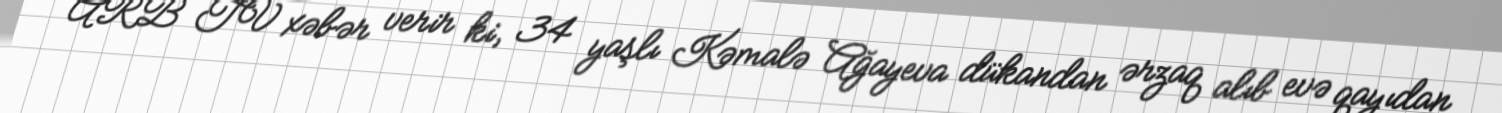
ARB TV xəbər verir ki, 34 yaşlı Kəmalə Ağayeva dükandan ərzaq alıb evə qayıdan